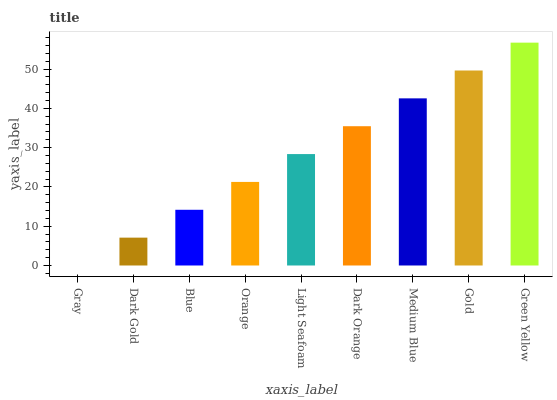
| xaxis_label | bars |
 | --- | --- |
 | Gray | 0 |
 | Dark Gold | 7.09 |
 | Blue | 14.2 |
 | Orange | 21.3 |
 | Light Seafoam | 28.4 |
 | Dark Orange | 35.4 |
 | Medium Blue | 42.5 |
 | Gold | 49.6 |
 | Green Yellow | 56.7 |